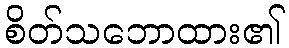
စိတ်သဘောထား၏